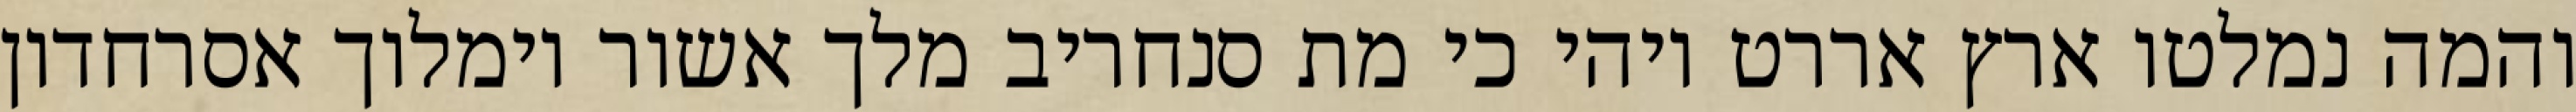
והמה נמלטו ארץ אררט ויהי כי מת סנחריב מלך אשור וימלוך אסרחדון